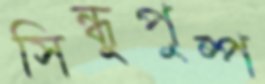
সিন্ধুপুষ্প